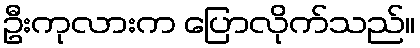
ဦးကုလားက ပြောလိုက်သည်။